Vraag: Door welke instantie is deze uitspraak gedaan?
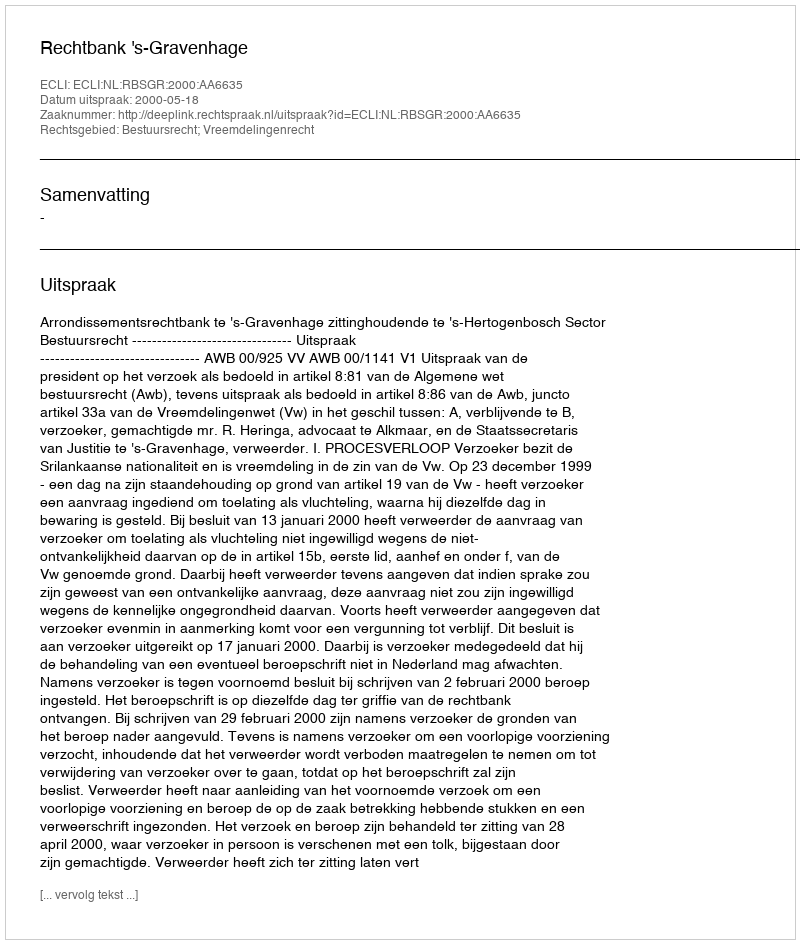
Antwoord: Rechtbank 's-Gravenhage